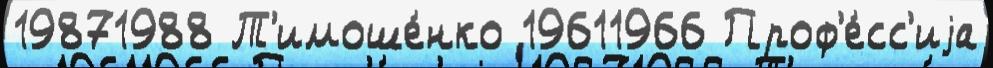
19871988 Т'имоше́нко 19611966 Проф'е́сс'иjа